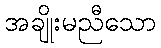
အချိုးမညီသော